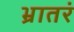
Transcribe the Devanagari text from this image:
भ्रातरं